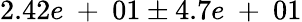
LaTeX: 2.42e\mathrm{~+~}01\pm 4.7e\mathrm{~+~}01